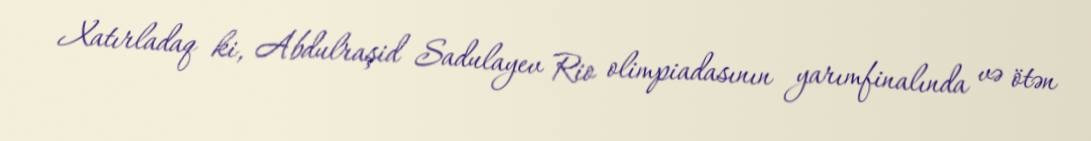
Xatırladaq ki, Abdulraşid Sadulayev Rio olimpiadasının yarımfinalında və ötən